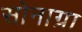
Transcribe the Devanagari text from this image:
सोनाग्रा